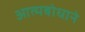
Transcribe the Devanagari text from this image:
आत्मबोधाने